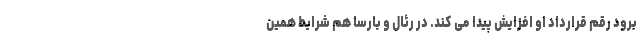
برود رقم قرارداد او افزایش پیدا می کند. در رئال و بارسا هم شرایط همین